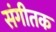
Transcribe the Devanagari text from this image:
संगीतक